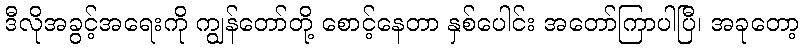
ဒီလိုအခွင့်အရေးကို ကျွန်တော်တို့ စောင့်နေတာ နှစ်ပေါင်း အတော်ကြာပါပြီ၊ အခုတော့